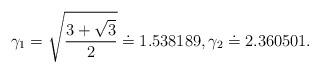
LaTeX: \begin{align*} \gamma_{1} = \sqrt{ \frac{ 3+\sqrt{3} }{ 2 } } \doteq 1.538189, \gamma_{2} \doteq 2.360501 . \end{align*}